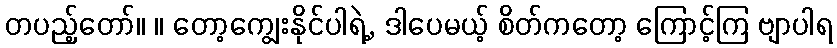
တပည့်တော်။ ။ တော့ကျွေးနိုင်ပါရဲ့, ဒါပေမယ့် စိတ်ကတော့ ကြောင့်ကြ ဗျာပါရ